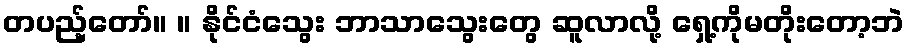
တပည့်တော်။ ။ နိုင်ငံသွေး ဘာသာသွေးတွေ ဆူလာလို့ ရှေ့ကိုမတိုးတော့ဘဲ